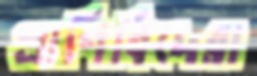
প্রাণিবিদেরা